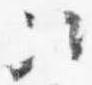
次